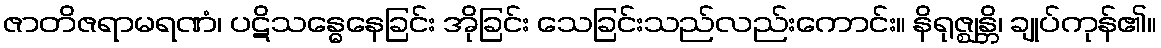
ဇာတိဇရာမရဏံ၊ ပဋိသန္ဓေနေခြင်း အိုခြင်း သေခြင်းသည်လည်းကောင်း။ နိရုဇ္ဈန္တိ၊ ချုပ်ကုန်၏။